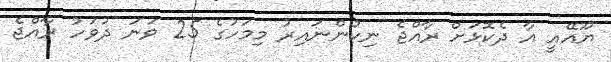
ޔޫއޭއީ އާ ދެކޮޅަށް ރާއްޖެ ނިކުންނައިރު މިމަހުގެ 25 ވަނަ ދުވަހު ރާއްޖެ